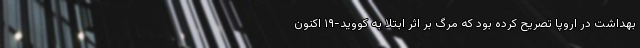
بهداشت در اروپا تصریح کرده بود که مرگ بر اثر ابتلا به کووید-۱۹ اکنون